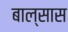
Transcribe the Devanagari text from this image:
बाल्सास